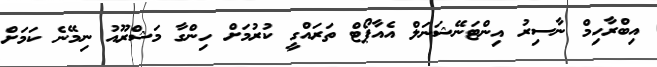
އިބްރާހިމް ނާސިރު އިންޓަނޭޝަނަލް އެއާޕޯޓް ތަރައްގީ ކުރުމަށް ހިންގާ މަޝްރޫއު ނިމޭނެ ކަަމަށް